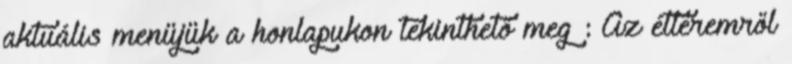
aktuális menüjük a honlapukon tekinthető meg : Az étteremről